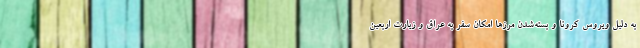
به دلیل ویروس کرونا و بسته‌شدن مرزها امکان سفر به عراق و زیارت اربعین